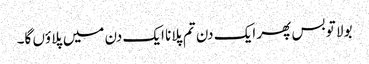
بولا تو بس پھر ایک دن تم پلانا ایک دن میں پلاؤں گا۔